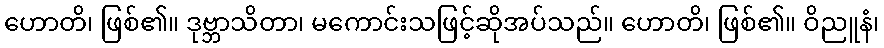
ဟောတိ၊ ဖြစ်၏။ ဒုဗ္ဘာသိတာ၊ မကောင်းသဖြင့်ဆိုအပ်သည်။ ဟောတိ၊ ဖြစ်၏။ ဝိညူနံ၊